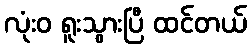
လုံးဝ ရူးသွားပြီ ထင်တယ်